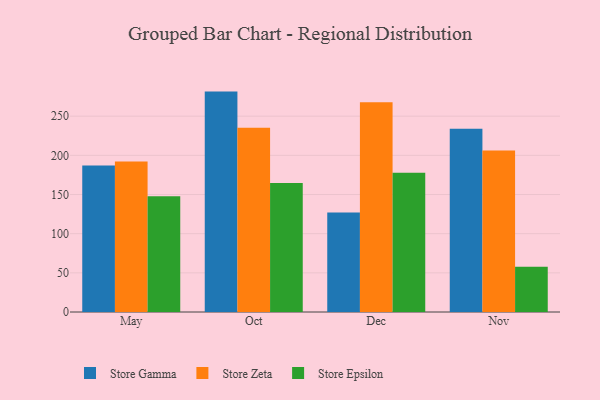
{"axis": {"x": "Month", "y": "Production Output"}, "legend": ["Store Epsilon", "Store Gamma", "Store Zeta"], "data": [{"x": "May", "y": 187.1, "type": "Store Gamma"}, {"x": "May", "y": 192.2, "type": "Store Zeta"}, {"x": "May", "y": 147.7, "type": "Store Epsilon"}, {"x": "Oct", "y": 281.4, "type": "Store Gamma"}, {"x": "Oct", "y": 235.2, "type": "Store Zeta"}, {"x": "Oct", "y": 164.6, "type": "Store Epsilon"}, {"x": "Dec", "y": 127.1, "type": "Store Gamma"}, {"x": "Dec", "y": 267.7, "type": "Store Zeta"}, {"x": "Dec", "y": 177.7, "type": "Store Epsilon"}, {"x": "Nov", "y": 233.9, "type": "Store Gamma"}, {"x": "Nov", "y": 206.2, "type": "Store Zeta"}, {"x": "Nov", "y": 57.7, "type": "Store Epsilon"}]}